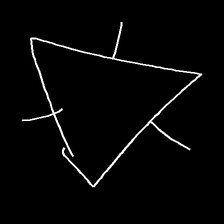
Glyph: fire